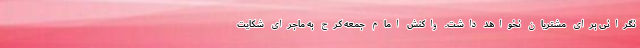
نگرانی برای مشتریان نخواهد داشت. واکنش امام جمعه کرج به ماجرای شکایت